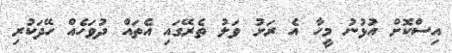
އިސްކޮށް އުޅުނު މީހާ އެ ރަށު ވަލު ތެރޭގައި އެތައް ދުވަހެއް ހޭދަކުރި